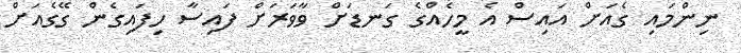
ނިންމައި ގެއަށް އައިސް އެ މީހެއްގެ ގަނޑަށް ވާވަރަށް ފައިސާ ހިފައިގެން ގޭގެއަށް